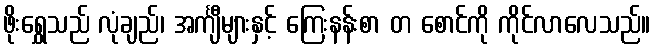
ဖိုးရွှေသည် လုံချည်၊ အင်္ကျီများနှင့် ကြေးနန်းစာ တ စောင်ကို ကိုင်လာလေသည်။